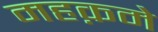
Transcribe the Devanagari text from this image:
महक़मे